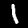
Label: 1